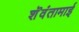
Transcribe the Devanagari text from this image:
शॆवंतामाई